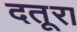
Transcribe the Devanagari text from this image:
दतूरा